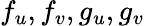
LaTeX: f_{u},f_{v},g_{u},g_{v}